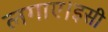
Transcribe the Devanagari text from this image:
लगाए।इसी